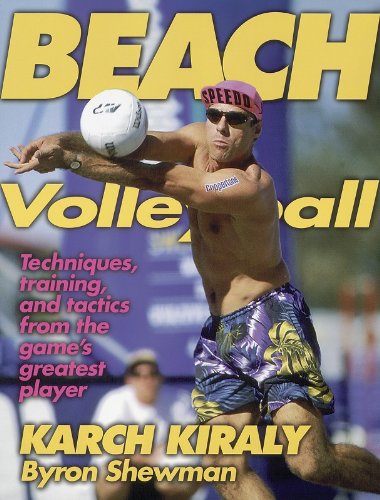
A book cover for Beach Volleyball; Karch Kiraly; Sports & Outdoors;